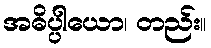
အဓိပ္ပါယော၊ တည်း။